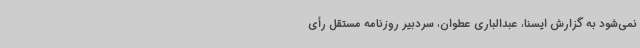
نمی‌شود به گزارش ایسنا، عبدالباری عطوان، سردبیر روزنامه مستقل رأی